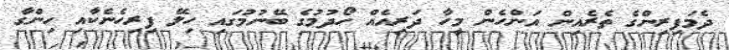
ދެމަފިރިންގެ ތެރެއިން އަންހެން މީހާ ދަރިއެއް ހޯދުމުގެ ބޭނުމުގައި ހިލޭ ފިރިހެނެކާއި ހިންގާ